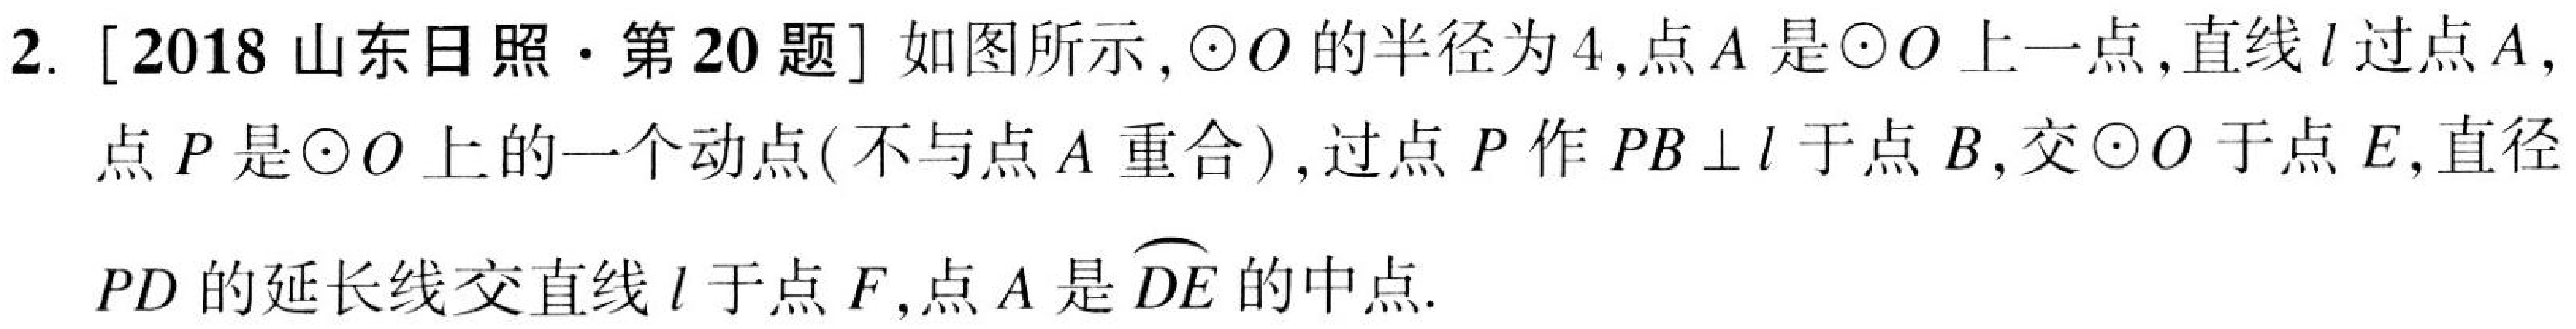
2. [2018山东日照·第20题] 如图所示,$\odot O$的半径为$4$,点$A$是$\odot O$上一点,直线$l$过点$A$,点$P$是$\odot O$上的一个动点(不与点$A$重合),过点$P$作$PB\perp l$于点$B$,交$\odot O$于点$E$,直径$PD$的延长线交直线$l$于点$F$,点$A$是$\overset{\frown}{DE}$的中点.